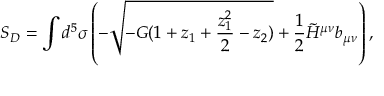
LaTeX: S _ { D } = \int d ^ { 5 } \sigma \left( - \sqrt { - G ( 1 + z _ { 1 } + { \frac { z _ { 1 } ^ { 2 } } { 2 } } - z _ { 2 } ) } + { \frac { 1 } { 2 } } \tilde { H } ^ { \mu \nu } b _ { \mu \nu } \right) ,